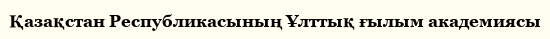
Қазақстан Республикасының Ұлттық ғылым академиясы